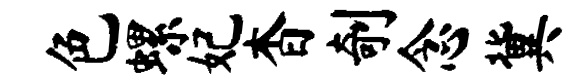
色螺妃杳剞念冀